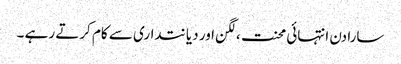
سارا دن انتہائی محنت ،لگن اور دیانتداری سے کام کرتے رہے ۔